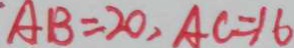
A B = 2 0 , A C = 1 6